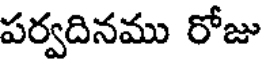
పర్వదినము రోజు